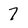
Character: 7